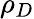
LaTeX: \rho_{D}